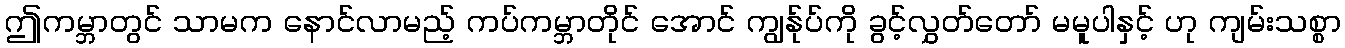
ဤကမ္ဘာတွင် သာမက နောင်လာမည့် ကပ်ကမ္ဘာတိုင် အောင် ကျွန်ုပ်ကို ခွင့်လွှတ်တော် မမူပါနှင့် ဟု ကျမ်းသစ္စာ